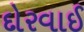
દોરવાઈ